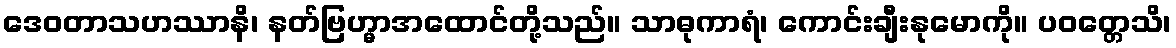
ဒေဝတာသဟဿာနိ၊ နတ်ဗြဟ္မာအထောင်တို့သည်။ သာဓုကာရံ၊ ကောင်းချီးနုမောကို။ ပဝတ္တေသိ၊